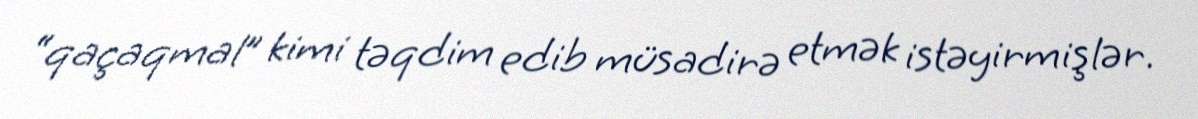
“qaçaqmal” kimi təqdim edib müsadirə etmək istəyirmişlər.